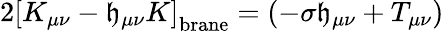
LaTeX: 2\left[K_{\mu\nu}-\mathfrak{h}_{\mu\nu}K\right]_{\mathrm{{{brane}}}}=\left(-\sigma\mathfrak{h}_{\mu\nu}+T_{\mu\nu}\right)